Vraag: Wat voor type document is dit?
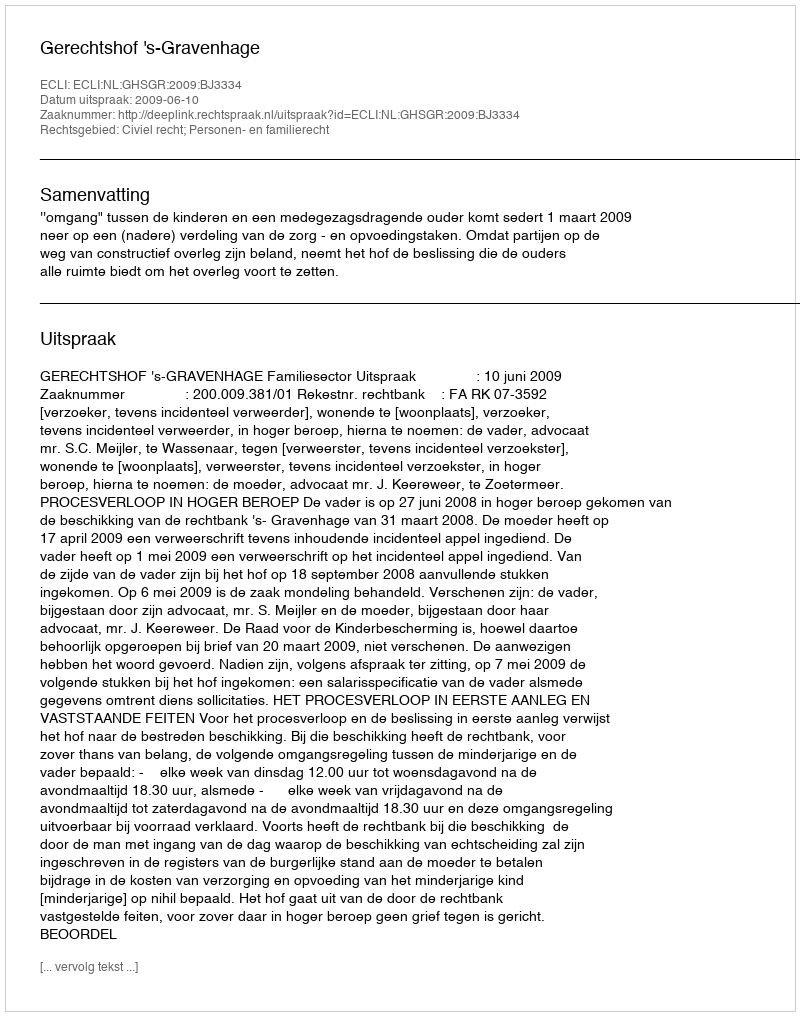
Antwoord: Uitspraak